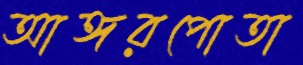
আঙ্গরপোতা